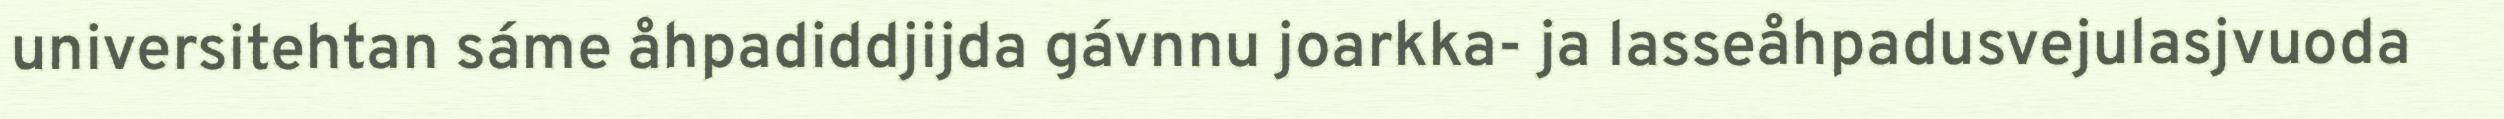
universitehtan sáme åhpadiddjijda gávnnu joarkka- ja lasseåhpadusvejulasjvuoda